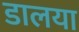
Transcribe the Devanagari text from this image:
डालया